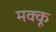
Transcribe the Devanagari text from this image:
मक्‍कू